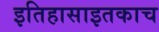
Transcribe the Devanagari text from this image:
इतिहासाइतकाच